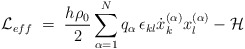
\begin{align*}{\mathcal L}_{eff}\;=\; \frac{h \rho_0}{2} \sum_{\alpha = 1}^Nq_\alpha \, \epsilon_{kl} \dot{x}^{(\alpha)}_k x^{(\alpha)}_l -{\mathcal H}\end{align*}